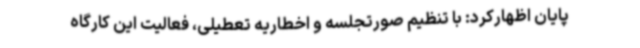
پایان اظهارکرد: با تنظیم صورتجلسه و اخطاریه تعطیلی، فعالیت این کارگاه